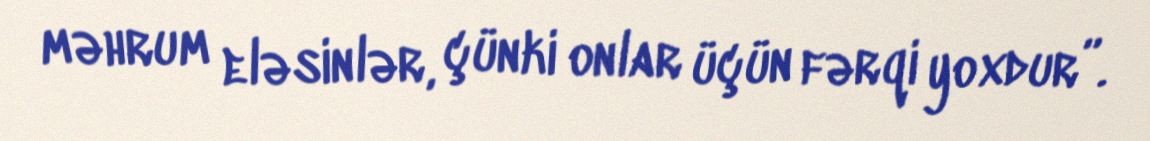
məhrum eləsinlər, çünki onlar üçün fərqi yoxdur”.